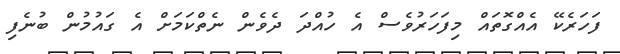
ފަހަރެކޭ އެއްގޮތައް މިފަހަރުވެސް އެ ހުއްދަ ދެވެން ނެތްކަމަށް އެ ގައުމުން ބުނެފި